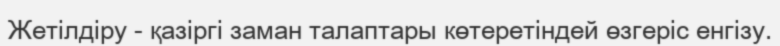
Жетілдіру - қазіргі заман талаптары көтеретіндей өзгеріс енгізу.